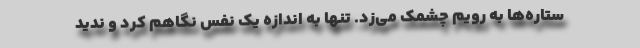
ستاره‌ها به رویم چشمک می‌زد. تنها به اندازه یک نفس نگاهم کرد و ندید